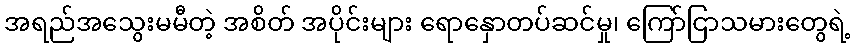
အရည်အသွေးမမီတဲ့ အစိတ် အပိုင်းများ ရောနှောတပ်ဆင်မှု၊ ကြော်ငြာသမားတွေရဲ့